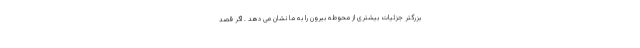
بزرگتر جزئیات بیشتری از محوطه بیرون را به ما نشان می دهد . اگر قصد